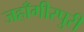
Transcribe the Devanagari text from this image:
जहाँगीरपुरी